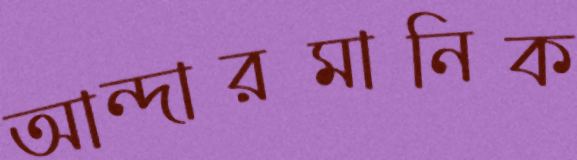
আন্দারমানিক